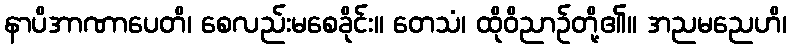
နာပိအာဏာပေတိ၊ စေလည်းမစေခိုင်း။ တေသံ၊ ထိုဝိညာဉ်တို့၏။ အညမညေဟိ၊